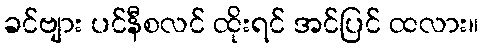
ခင်ဗျား ပင်နီစလင် ထိုးရင် အင်ပြင် ထလား။